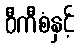
ဝီကီစံနှင့်